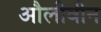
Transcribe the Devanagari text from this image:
औलीवीन